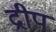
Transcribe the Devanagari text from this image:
द्रीप